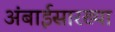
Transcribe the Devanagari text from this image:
अंबाईसारख्या